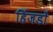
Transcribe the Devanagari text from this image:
हिंजडों